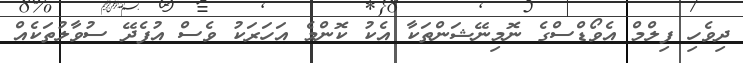
ދިވެހި ފިލްމް އެވޯޑްސްގެ ނޮމިނޭޝަންތަކާ އެކު ކޮންމެ އަހަރަކު ވެސް އުފެދޭ ސުވާލުތަކެއް